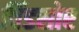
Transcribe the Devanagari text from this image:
विंडसोर